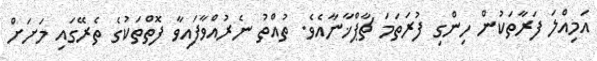
އަމިއްލަ ފަރާތަކުން ހިންގި ފުރަތަމަ ޗާޕްޚާނާއެވެ. ތުއްތު ނެރުއްވާފައިވާ ފޮތްތަކުގެ ތެރޭގައި މަށަށް